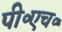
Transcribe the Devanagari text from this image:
पी॰एच॰